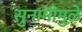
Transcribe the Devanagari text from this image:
सुनामीमुळे